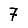
Digit: 7